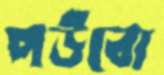
পউবো